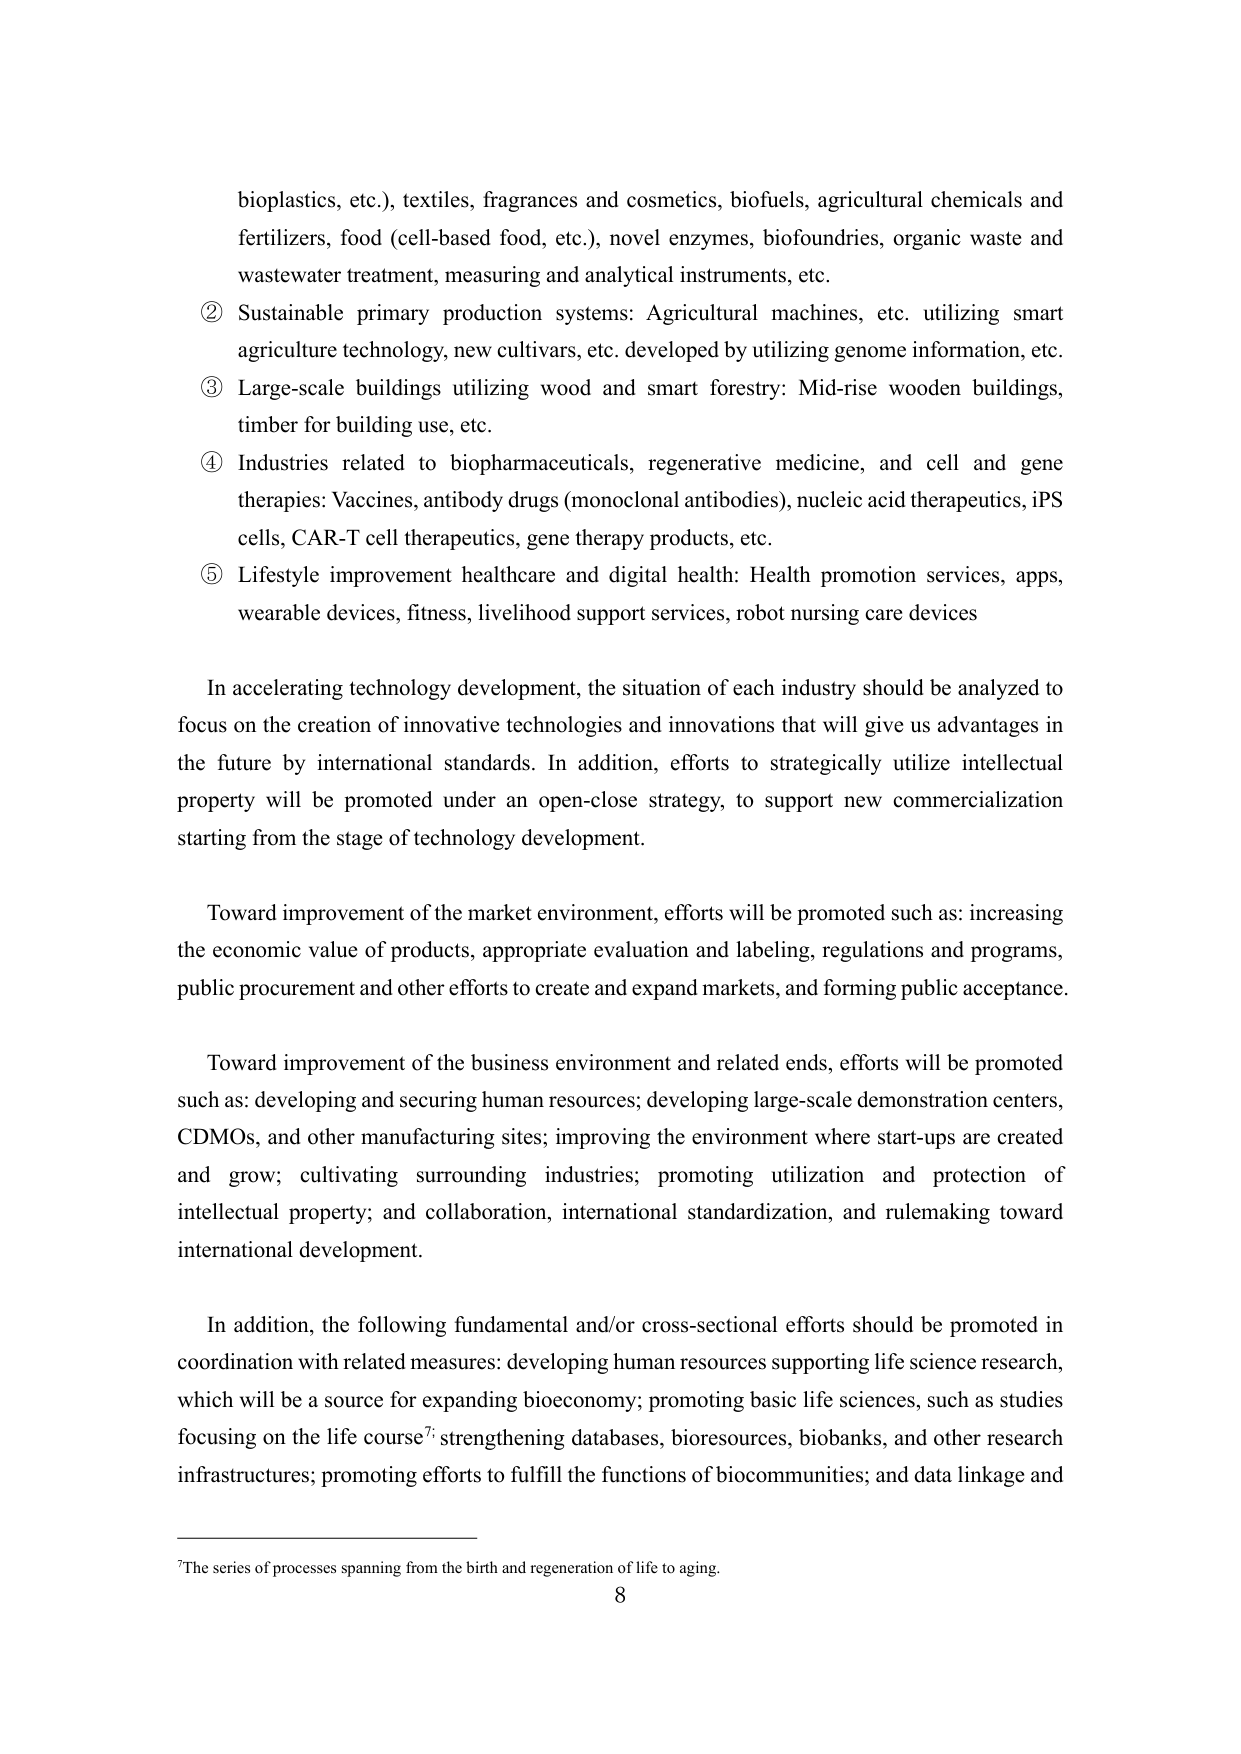
bioplastics, etc.), textiles, fragrances and cosmetics, biofuels, agricultural chemicals and fertilizers, food (cell-based food, etc.), novel enzymes, biofoundries, organic waste and wastewater treatment, measuring and analytical instruments, etc.

② Sustainable primary production systems: Agricultural machines, etc. utilizing smart agriculture technology, new cultivars, etc. developed by utilizing genome information, etc.

③ Large-scale buildings utilizing wood and smart forestry: Mid-rise wooden buildings, timber for building use, etc.

④ Industries related to biopharmaceuticals, regenerative medicine, and cell and gene therapies: Vaccines, antibody drugs (monoclonal antibodies), nucleic acid therapeutics, iPS cells, CAR-T cell therapeutics, gene therapy products, etc.

⑤ Lifestyle improvement healthcare and digital health: Health promotion services, apps, wearable devices, fitness, livelihood support services, robot nursing care devices

In accelerating technology development, the situation of each industry should be analyzed to focus on the creation of innovative technologies and innovations that will give us advantages in the future by international standards. In addition, efforts to strategically utilize intellectual property will be promoted under an open-close strategy, to support new commercialization starting from the stage of technology development.

Toward improvement of the market environment, efforts will be promoted such as: increasing the economic value of products, appropriate evaluation and labeling, regulations and programs, public procurement and other efforts to create and expand markets, and forming public acceptance.

Toward improvement of the business environment and related ends, efforts will be promoted such as: developing and securing human resources; developing large-scale demonstration centers, CDMOs, and other manufacturing sites; improving the environment where start-ups are created and grow; cultivating surrounding industries; promoting utilization and protection of intellectual property; and collaboration, international standardization, and rulemaking toward international development.

In addition, the following fundamental and/or cross-sectional efforts should be promoted in coordination with related measures: developing human resources supporting life science research, which will be a source for expanding bioeconomy; promoting basic life sciences, such as studies focusing on the life course⁷; strengthening databases, bioresources, biobanks, and other research infrastructures; promoting efforts to fulfill the functions of biocommunities; and data linkage and

⁷The series of processes spanning from the birth and regeneration of life to aging.
8